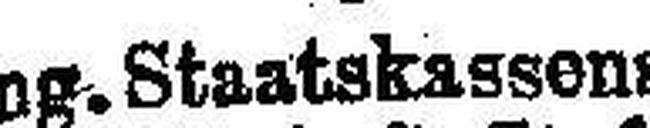
Ung. Staatskassensch.p. K. 4½